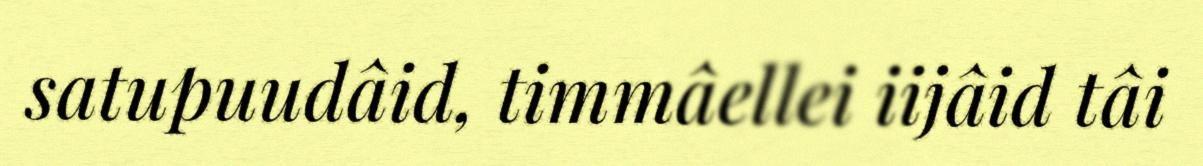
satupuudâid, timmâellei iijâid tâi